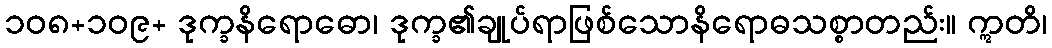
၁၀၈+၁၀၉+ ဒုက္ခနိရောဓော၊ ဒုက္ခ၏ချုပ်ရာဖြစ်သောနိရောဓသစ္စာတည်း။ ဣတိ၊